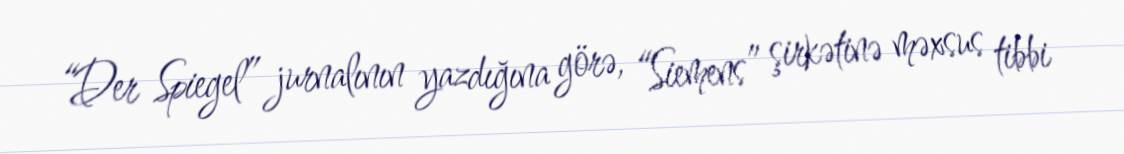
“Der Spiegel” jurnalının yazdığına görə, “Siemens” şirkətinə məxsus tibbi